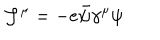
{ \cal J } ^ { \mu } = - e \bar { \psi } \gamma ^ { \mu } \psi